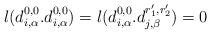
LaTeX: \begin{align*} l(d^{0, 0}_{i, \alpha} . d^{0, 0}_{i, \alpha}) = l(d^{0, 0}_{i, \alpha} . d^{r'_1, r'_2}_{j, \beta}) = 0\end{align*}